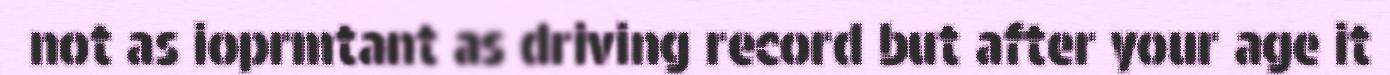
not as ioprmtant as driving record but after your age it